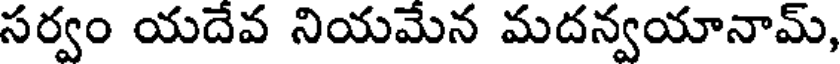
సర్వం యదేవ నియమేన మదన్వయానామ్,